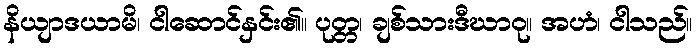
နိယျာဒယာမိ၊ ငါဆောင်နှင်း၏။ ပုတ္တ၊ ချစ်သားဒီဃာဝု။ အဟံ၊ ငါသည်။